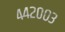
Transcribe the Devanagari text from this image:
४४२००३